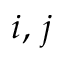
i , \, j